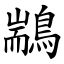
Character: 䳪